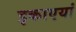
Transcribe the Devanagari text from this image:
इकाएयां